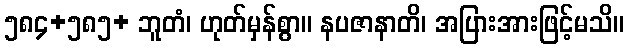
၅၈၄+၅၈၅+ ဘူတံ၊ ဟုတ်မှန်စွာ။ နပဇာနာတိ၊ အပြားအားဖြင့်မသိ။